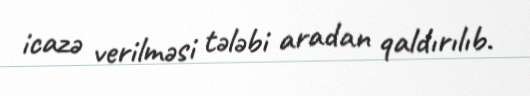
icazə verilməsi tələbi aradan qaldırılıb.